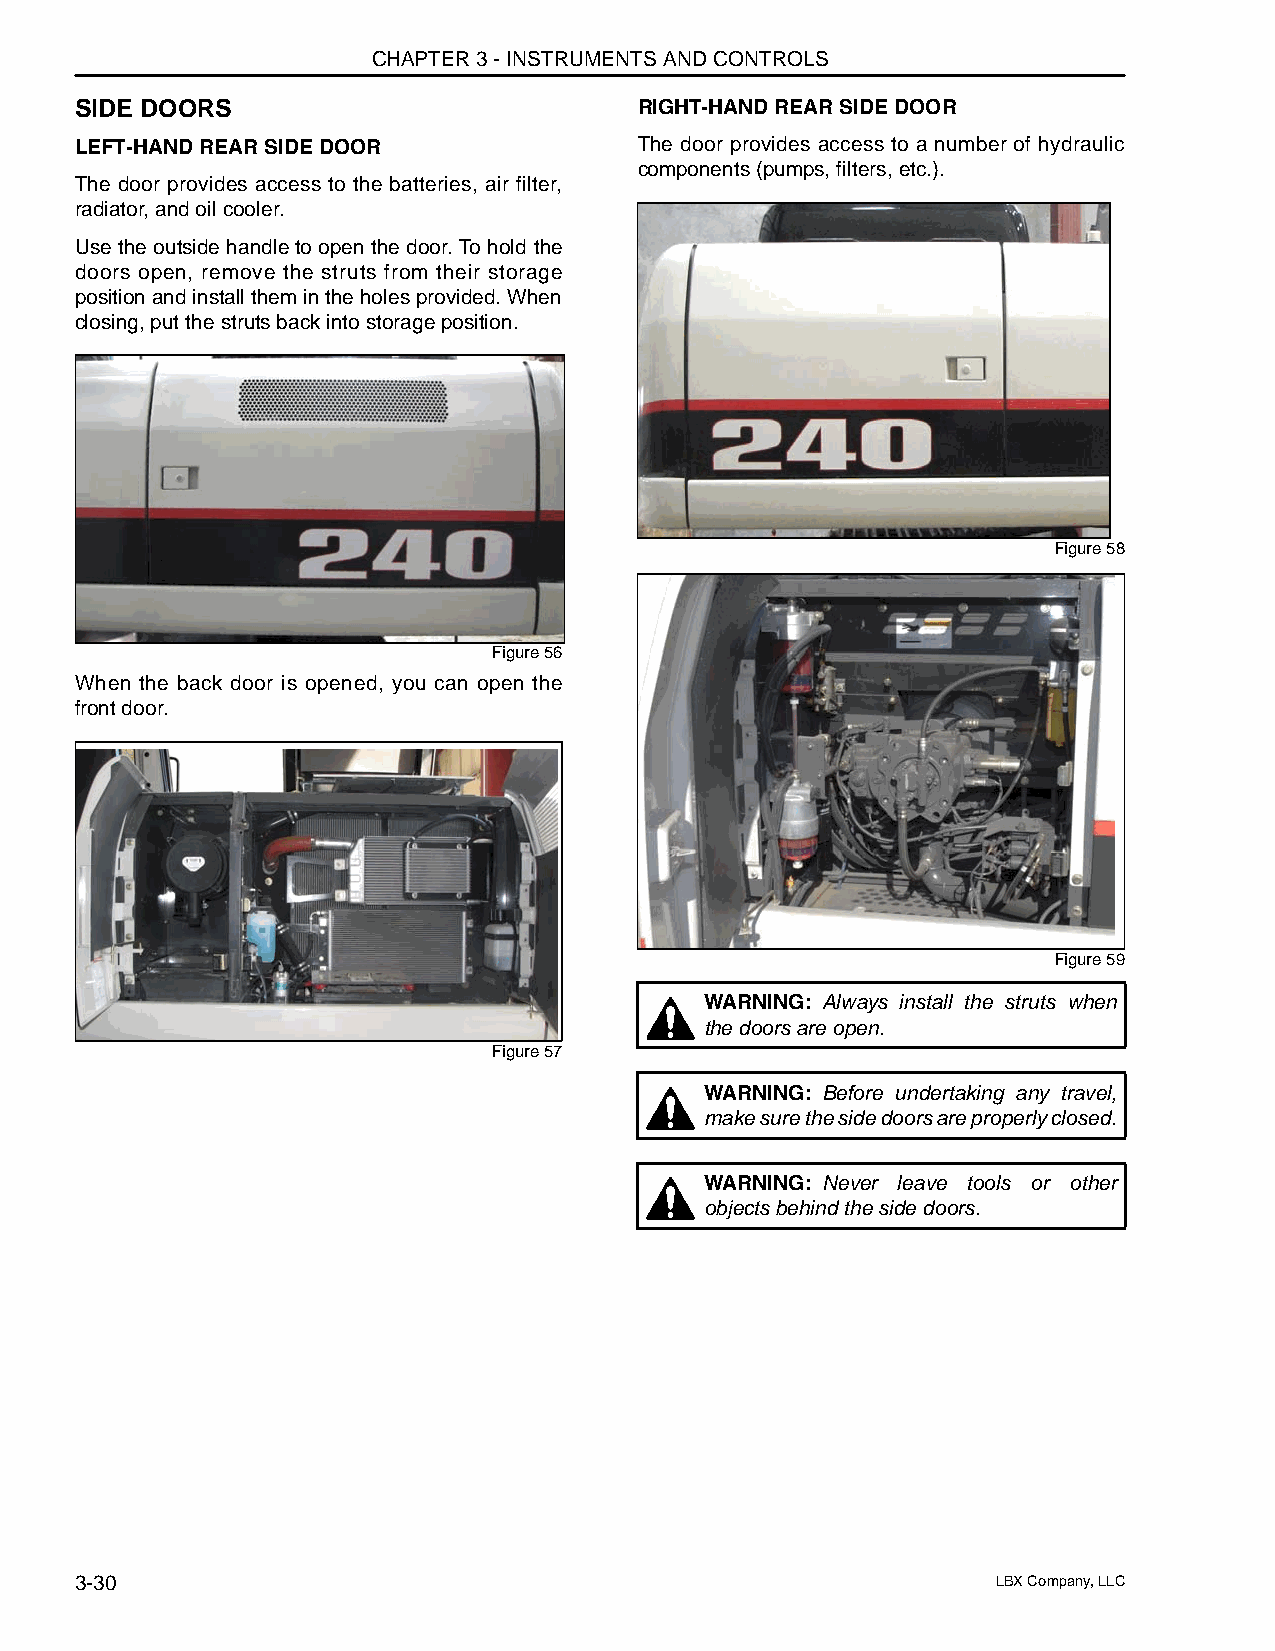
CHAPTER 3 - INSTRUMENTS AND CONTROLS
 SIDE DOORS                           RIGHT-HAND REAR SIDE DOOR
 LEFT-HAND REAR SIDE DOOR             The door provides access to a number of hydraulic
 components (pumps, filters, etc.).
 The door provides access to the batteries, air filter,
 radiator, and oil cooler.
 Use the outside handle to open the door. To hold the
 doors open, remove the struts from their storage
 position and install them in the holes provided. When
 closing, put the struts back into storage position.
 Figure 58
 Figure 56
 When the back door is opened, you can open the
 front door.
 Figure 59
 WARNING: Always install the struts when
 the doors are open.
 Figure 57
 WARNING: Before undertaking any travel,
 make sure the side doors are properly closed.
 WARNING: Never leave tools or other
 objects behind the side doors.
 3-30                                                         LBX Company, LLC